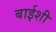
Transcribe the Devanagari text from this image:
बाईशी